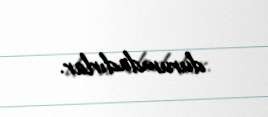
durumdadırlar.